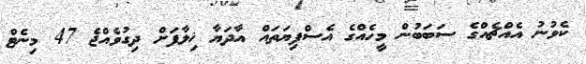
ކެވުނު އެއްޗެއްގެ ސަބަބުން މީހެއްގެ އެސްފިޔަތައް އާދަޔާ ޚިލާފަށް ދިގުވެއްޖެ 47 މިނެޓް